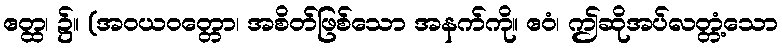
ဧတ္ထ၊ ၌။ (အဝယဝတ္တော၊ အစိတ်ဖြစ်သော အနက်ကို။ ဧဝံ၊ ဤဆိုအပ်လတ္တံ့သော